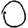
Digit: 0